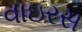
વાઇરસ